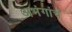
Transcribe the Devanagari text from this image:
अभंगांचं